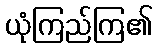
ယုံကြည်ကြ၏